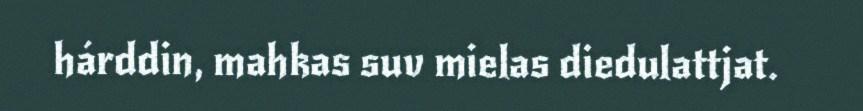
hárddin, mahkas suv mielas diedulattjat.